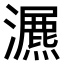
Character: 𤂏